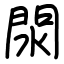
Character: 閖